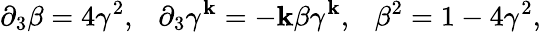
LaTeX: {\partial}_{3}\beta=4{\gamma}^{2},~~~{\partial}_{3}{\gamma}^{\mathbf{k}}=-\mathbf{k}\beta{\gamma}^{\mathbf{k}},~~~{\beta}^{2}=1-4{\gamma}^{2},